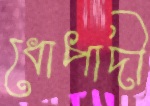
ধোপাদী